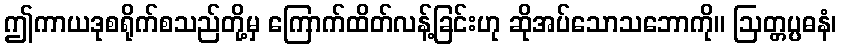
ဤကာယဒုစရိုက်စသည်တို့မှ ကြောက်ထိတ်လန့်ခြင်းဟု ဆိုအပ်သောသဘောကို။ ဩတ္တပ္ပဓနံ၊